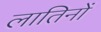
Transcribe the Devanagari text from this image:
लातिनों